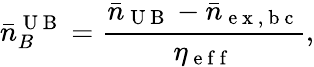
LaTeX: \bar{n}_{B}^{\mathrm{~U~B~}}=\frac{\bar{n}_{\mathrm{~U~B~}}-\bar{n}_{\mathrm{~e~x~,~b~c~}}}{\eta_{\mathrm{~e~f~f~}}},